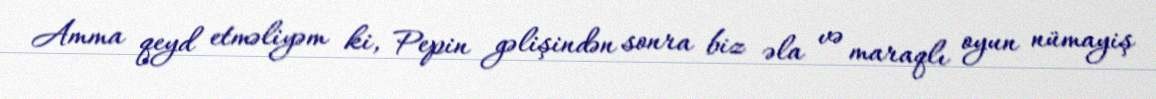
Amma qeyd etməliyəm ki, Pepin gəlişindən sonra biz əla və maraqlı oyun nümayiş